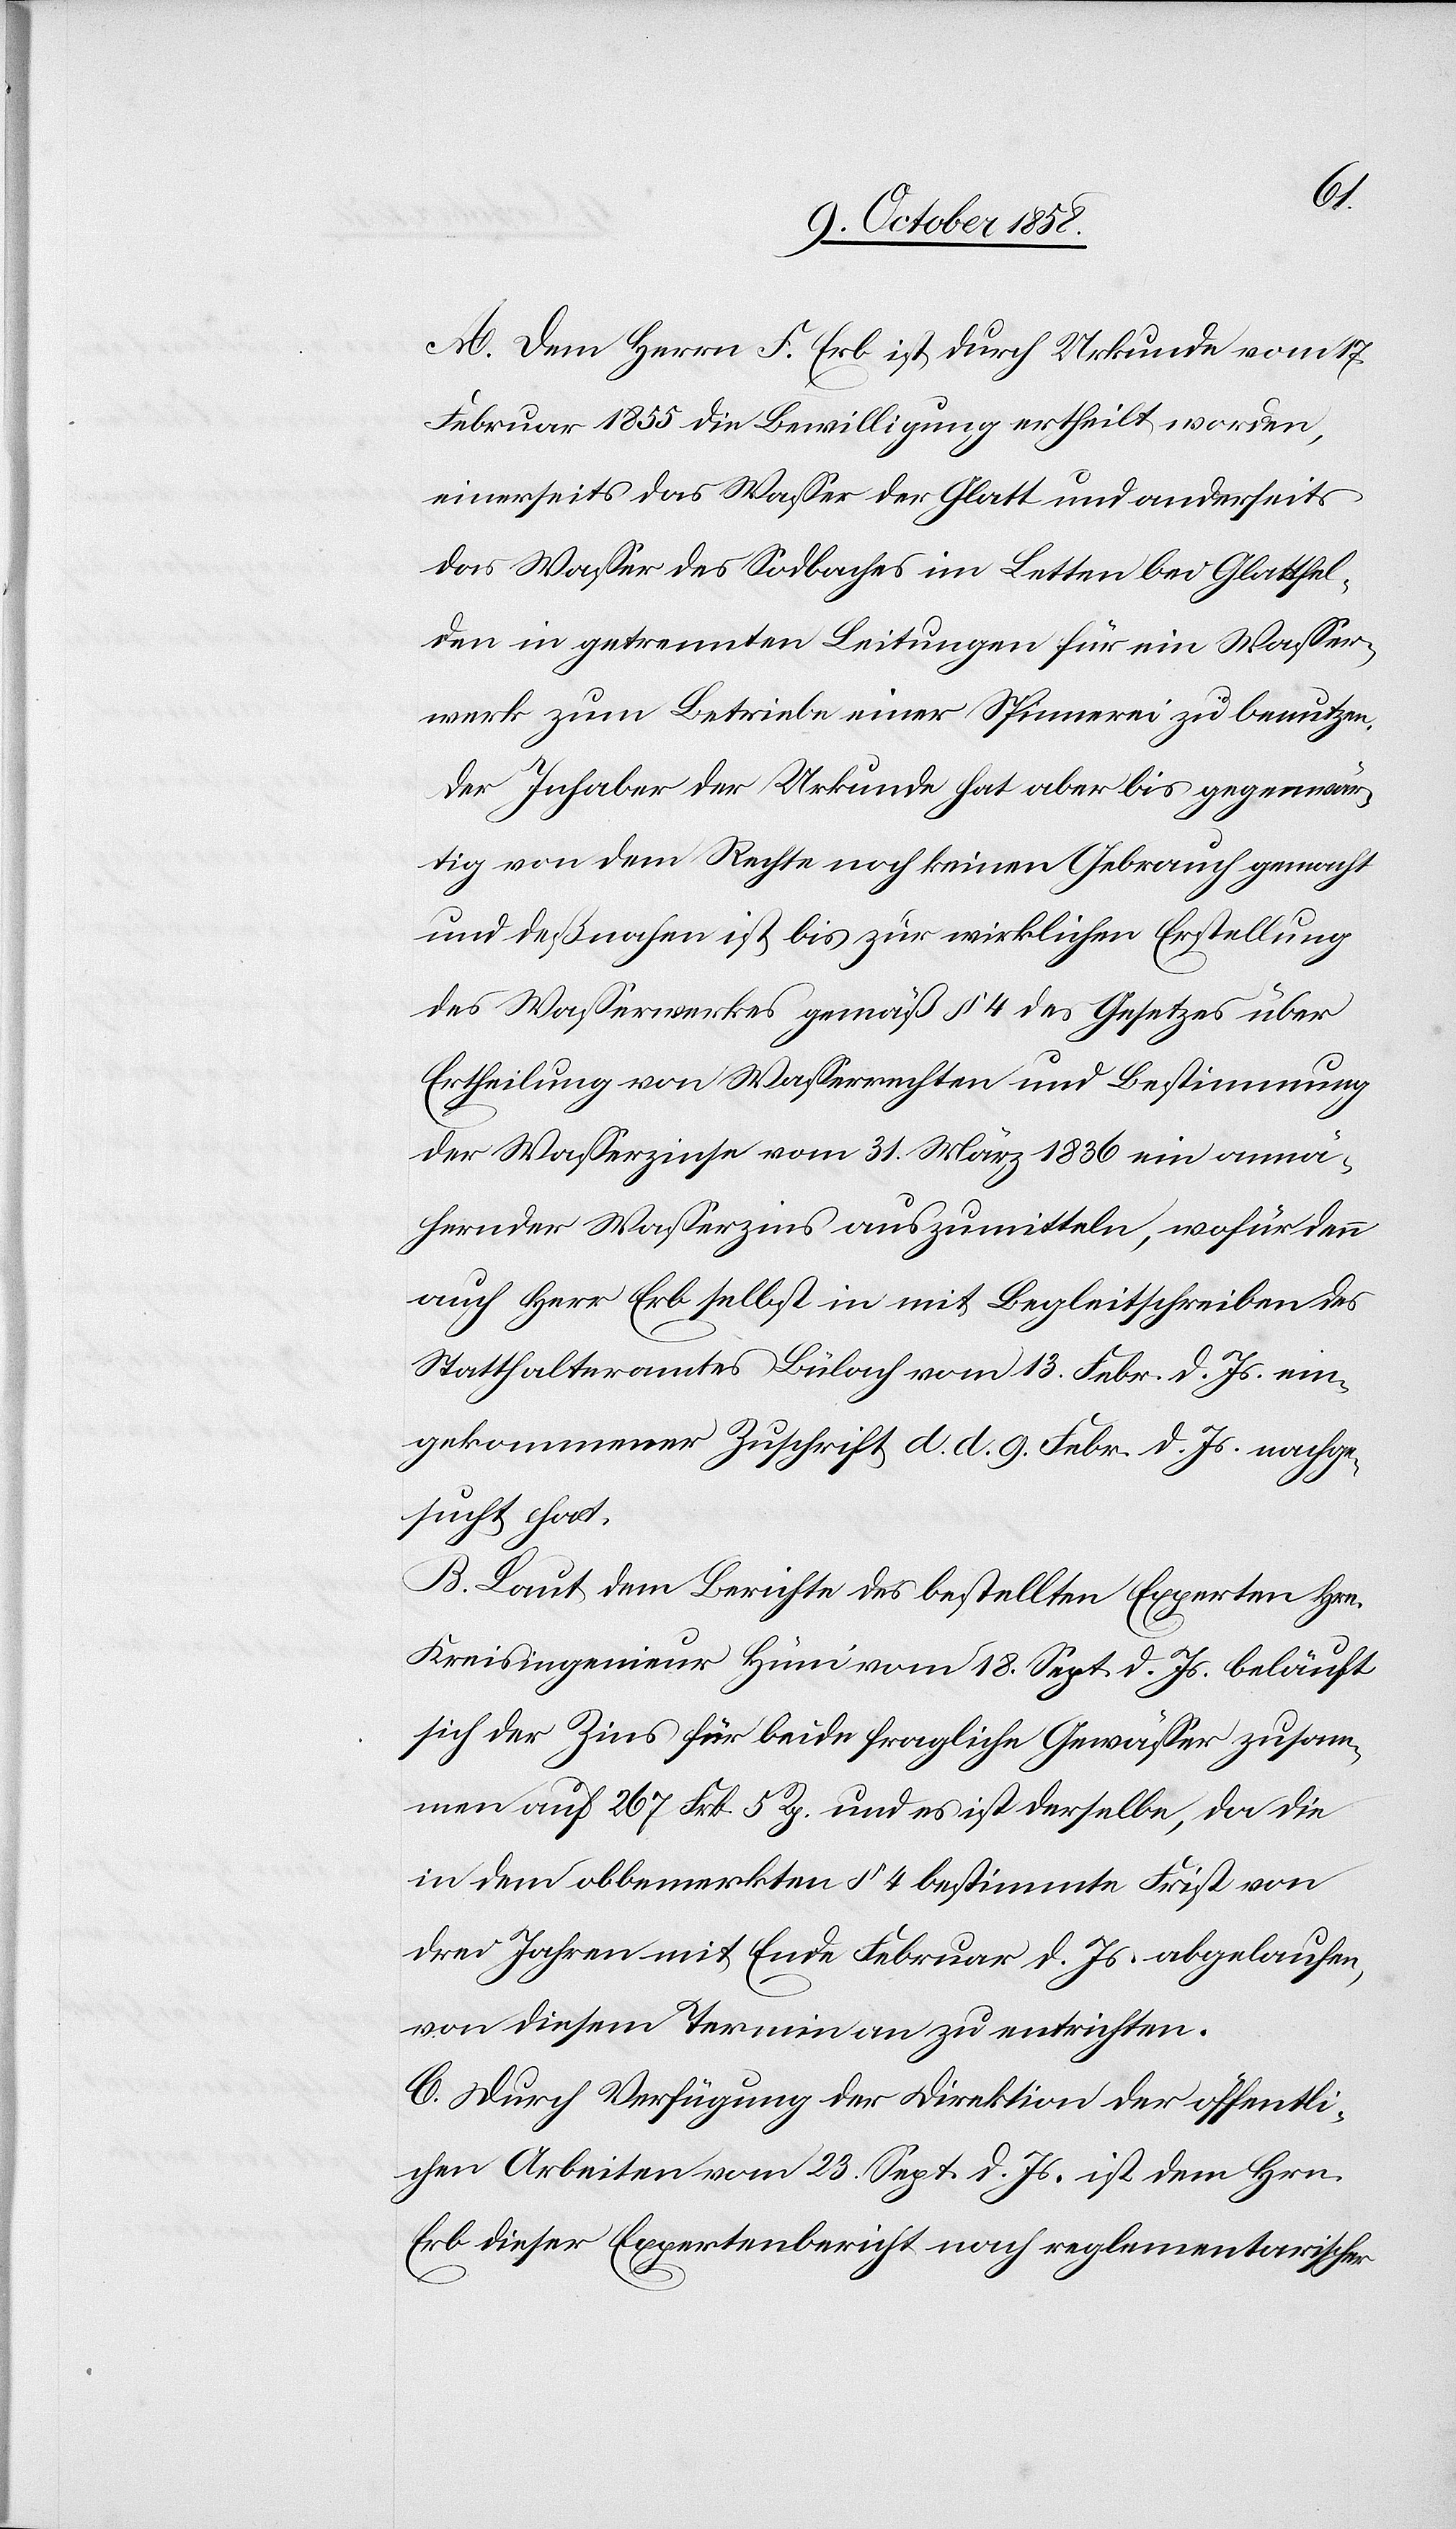
A. Dem Herrn F. Erb ist durch Urkunde vom 17.
Februar 1855 die Bewilligung ertheilt worden,
einerseits das Wasser der Glatt und anderseits
das Wasser des Sodbaches im Letten bei Glattfel¬
den in getrennten Leitungen für ein Wasser¬
werk zum Betriebe einer Spinnerei zu benutzen.
Der Inhaber der Urkunde hat aber bis gegenwär¬
tig von dem Rechte noch keinen Gebrauch gemacht
und deßnahen ist bis zur wirklichen Erstellung
des Wasserwerkes gemäß § 4 des Gesetzes über
Ertheilung von Wasserrechten und Bestimmung
der Wasserzinse vom 31. März 1836 ein annä¬
hernder Wasserzins auszumitteln, wofür denn
auch Herr Erb selbst in mit Begleitschreiben des
Statthalteramtes Bülach vom 13. Febr. d. Js. ein¬
gekommener Zuschrift d. d. 9. Febr. d. Js. nachge¬
sucht hat.
B. Laut dem Berichte des bestellten Experten Hrn.
Kreisingenieur Hüni vom 18. Sept. d. Js. beläuft
sich der Zins für beide fragliche Gewässer zusam¬
men auf 267 Frk. 5 Rp. und es ist derselbe, da die
in dem obbemerkten § 4 bestimmte Frist von
drei Jahren mit Ende Februar d. Js. abgelaufen,
von diesem Termin an zu entrichten.
C. Durch Verfügung der Direktion der öffentli¬
chen Arbeiten vom 23. Sept. d. Js. ist dem Hrn.
Erb dieser Expertenbericht nach reglementarischer